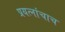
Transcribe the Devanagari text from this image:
प्रयत्‍नांचाच